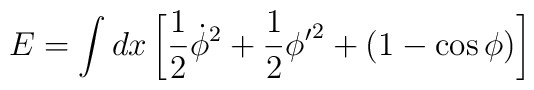
E=\int dx\left[\frac{1}{2}\dot{\phi}^2+\frac{1}{2}{\phi'}^2+(1-\cos\phi)\right]